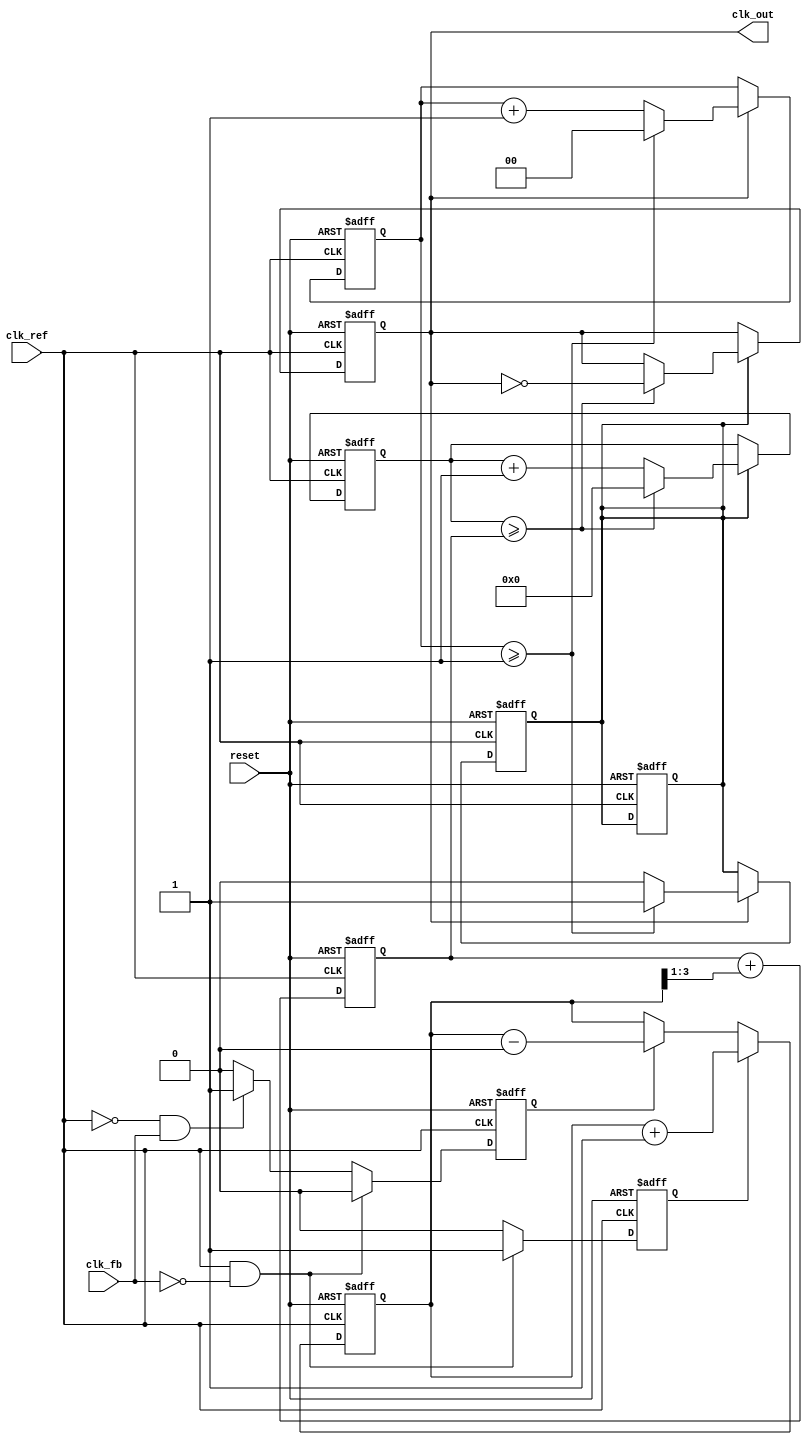
module CP_PLL (
    input wire clk_ref,      // Reference clock input
    input wire clk_fb,       // Feedback clock input
    input wire reset,        // Asynchronous reset
    output reg clk_out       // Output clock
);

// Parameters
parameter CP_CURRENT_UP = 1'b1;  // Define charge pump current values
parameter CP_CURRENT_DOWN = 1'b0;
parameter DIVIDER = 2;    // Frequency divider factor

// Internal signals
reg up_signal, down_signal;
reg [3:0] charge_pump_output; // Output of the charge pump
reg [7:0] loop_filter;        // Voltage control signal for VCO
reg [7:0] vco_output;         // Output of the VCO, this can be more extended for precision
reg [1:0] clk_div;           // Clock divider for feedback signal
reg [31:0] counter;          // VCO frequency counter
reg vco_enable;              // VCO enable signal

// Phase Frequency Detector (PFD)
always @(posedge clk_ref or posedge reset) begin
    if (reset) begin
        up_signal <= 0;
        down_signal <= 0;
    end else begin
        if (clk_ref && !clk_fb) begin
            up_signal <= 1;    // VCO is slow, increment
            down_signal <= 0;
        end else if (!clk_ref && clk_fb) begin
            up_signal <= 0;
            down_signal <= 1;   // VCO is fast, decrement
        end else begin
            up_signal <= 0;
            down_signal <= 0;   // No change
        end
    end
end

// Charge Pump (CP)
always @(posedge clk_ref or posedge reset) begin
    if (reset) begin
        charge_pump_output <= 0;
    end else begin
        if (up_signal) begin
            charge_pump_output <= charge_pump_output + CP_CURRENT_UP;   // Source current
        end else if (down_signal) begin
            charge_pump_output <= charge_pump_output - CP_CURRENT_DOWN; // Sink current
        end
    end
end

// Loop Filter (Simple RC)
always @(posedge clk_ref or posedge reset) begin
    if (reset) begin
        loop_filter <= 0;
    end else begin
        // Simple RC filter implementation (can be more complex)
        loop_filter <= loop_filter + (charge_pump_output >> 1); // Low-pass filtering
    end
end

// Voltage-Controlled Oscillator (VCO)
always @(posedge clk_ref or posedge reset) begin
    if (reset) begin
        vco_output <= 0;
        clk_out <= 0;
        vco_enable <= 0;
        counter <= 0;
    end else begin
        // Simulate VCO operation based on control voltage
        if (vco_enable) begin
            if (counter >= loop_filter) begin
                clk_out <= ~clk_out; // Toggle output clock
                counter <= 0;         // Reset counter
            end else begin
                counter <= counter + 1;
            end
        end
    end
end

// Feedback Path
always @(posedge clk_ref or posedge reset) begin
    if (reset) begin
        clk_div <= 0;
        vco_enable <= 0;
    end else begin
        // Clock divider logic
        if (clk_out) begin
            clk_div <= clk_div + 1;
            if (clk_div >= (DIVIDER - 1)) begin
                vco_enable <= 1; // Enable VCO if counter reaches
                clk_div <= 0;    // Reset the divider
            end else begin
                vco_enable <= 0;
            end
        end
    end
end

endmodule